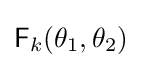
{\mathsf {F}}_{k}(\theta _{1},\theta _{2})